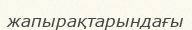
жапырақтарындағы